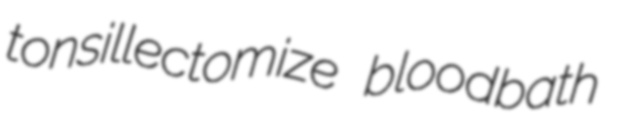
tonsillectomize bloodbath